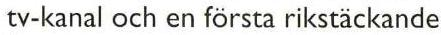
tv-kanal och en första rikstäckande